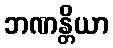
ဘဏန္တိယာ